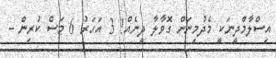
އިސްލާމްދީނަކީ މެދުމިނަށް ގޮވާލާ ދީނެއް! 3 އަހަރު 6 މަސް ކުރިން -